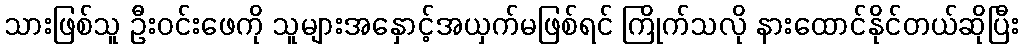
သားဖြစ်သူ ဦးဝင်းဖေကို သူများအနှောင့်အယှက်မဖြစ်ရင် ကြိုက်သလို နားထောင်နိုင်တယ်ဆိုပြီး